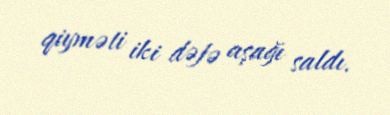
qiyməti iki dəfə aşağı saldı.